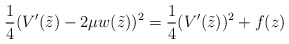
\begin{align*}\frac 14(V'(\tilde z) - 2\mu w(\tilde z))^2 =\frac 14(V'(\tilde z))^2+ f(z)\end{align*}